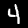
Label: 4